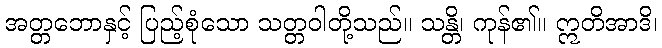
အတ္တဘောနှင့် ပြည့်စုံသော သတ္တဝါတို့သည်။ သန္တိ၊ ကုန်၏။ ဣတိအာဒိ၊